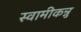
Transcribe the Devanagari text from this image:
स्वामीकन्नु